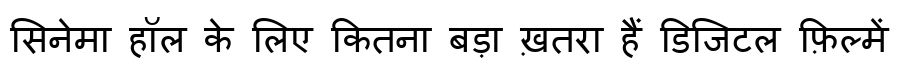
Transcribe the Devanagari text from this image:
सिनेमा हॉल के लिए कितना बड़ा ख़तरा हैं डिजिटल फ़िल्में